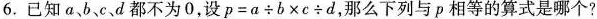
6.已知a、b、c、 d都不为0，设$$p = a \div b \times c ÷ d$$，那么下列与p相等的算式是哪个?